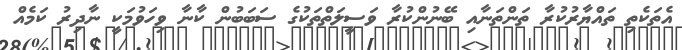
އެތަކެތި ތައްޔާރުކުރާ ތަންތަނާއި ބޭނުންކުރާ ވަސީލަތްތަކުގެ ސަބަބުން ކާނާ ވިހަވުމަކީ ނާދިރު ކަމެއް